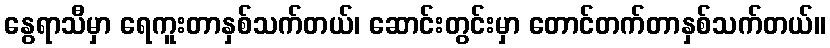
နွေရာသီမှာ ရေကူးတာနှစ်သက်တယ်၊ ဆောင်းတွင်းမှာ တောင်တက်တာနှစ်သက်တယ်။